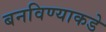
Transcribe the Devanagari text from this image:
बनविण्याकडे